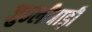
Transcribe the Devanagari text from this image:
जुठलीबाड़ी